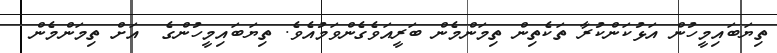
ތިޔަބައިމީހުން އަޅުކަންކުރާ ތަކެތިން ތިމަންމެން ބަރީއަވެގެންވަމުއެވެ. ތިޔަބައިމީހުންގެ  އަށް ތިމަންމެން